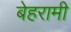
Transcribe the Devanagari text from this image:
बेहरामी